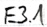
Text: E3.1